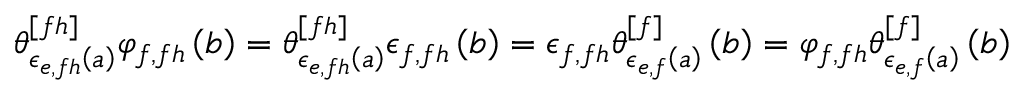
\begin{array} { r } { \theta _ { \epsilon _ { e , f h } \left( a \right) } ^ { [ f h ] } \varphi _ { f , f h } \left( b \right) = \theta _ { \epsilon _ { e , f h } \left( a \right) } ^ { [ f h ] } \epsilon _ { f , f h } \left( b \right) = \epsilon _ { f , f h } \theta _ { \epsilon _ { e , f } \left( a \right) } ^ { [ f ] } \left( b \right) = \varphi _ { f , f h } \theta _ { \epsilon _ { e , f } \left( a \right) } ^ { [ f ] } \left( b \right) } \end{array}